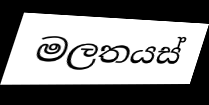
මලතයස්